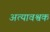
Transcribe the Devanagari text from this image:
अत्यावश्वक